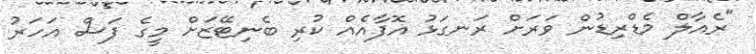
"ރެއާލް މެޑްރިޑުން ވަރަށް ރަނގަޅު އޮފާއެއް ކުރި ބެނިޓޭޒަށް މީގެ ފަސް އަހަރު